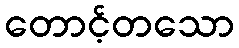
တောင့်တသော